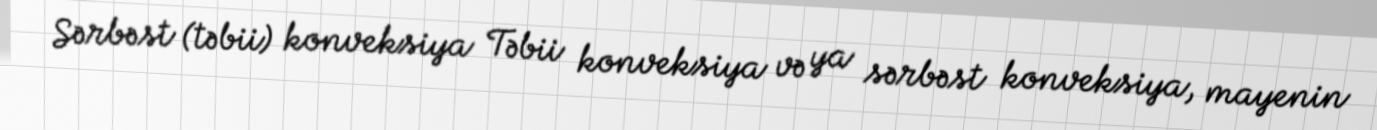
Sərbəst (təbii) konveksiya Təbii konveksiya və ya sərbəst konveksiya, mayenin